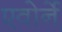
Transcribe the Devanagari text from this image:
एवोर्ने